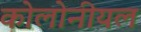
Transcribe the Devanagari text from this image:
कोलोनीयल